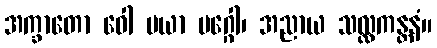
အက္ခာတော ဝေါ မယာ မဂ္ဂေါ၊ အညာယ သလ္လကန္တနံ။